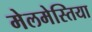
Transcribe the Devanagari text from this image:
मेलमेस्तिया